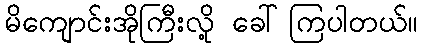
မိကျောင်းအိုကြီးလို့ ခေါ်ကြပါတယ်။